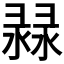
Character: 𢑨